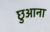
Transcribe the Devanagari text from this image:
छुआना